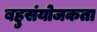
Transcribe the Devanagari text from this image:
बहुसंयोजकता